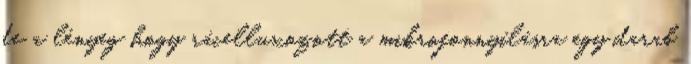
de a lényeg hogy rácelluxozott a mikrofonnyílásra egy darab